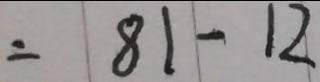
= 8 1 - 1 2